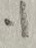
Text: .1